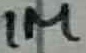
Text: 1M